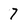
Character: 7